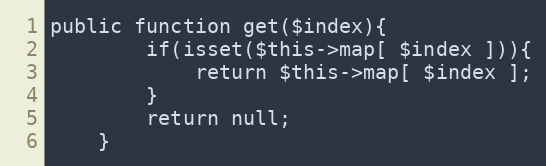
Language: PHP
public function get($index){
		if(isset($this->map[ $index ])){
			return $this->map[ $index ];
		}
		return null;
	}